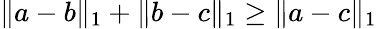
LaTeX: \| a-b\| _{1}+\| b-c\| _{1}\geq\| a-c\| _{1}